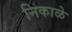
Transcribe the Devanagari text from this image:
निकाळे